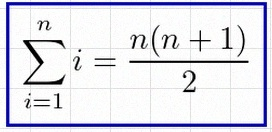
\sum_{i=1}^{n}i=\frac{n(n+1)}2